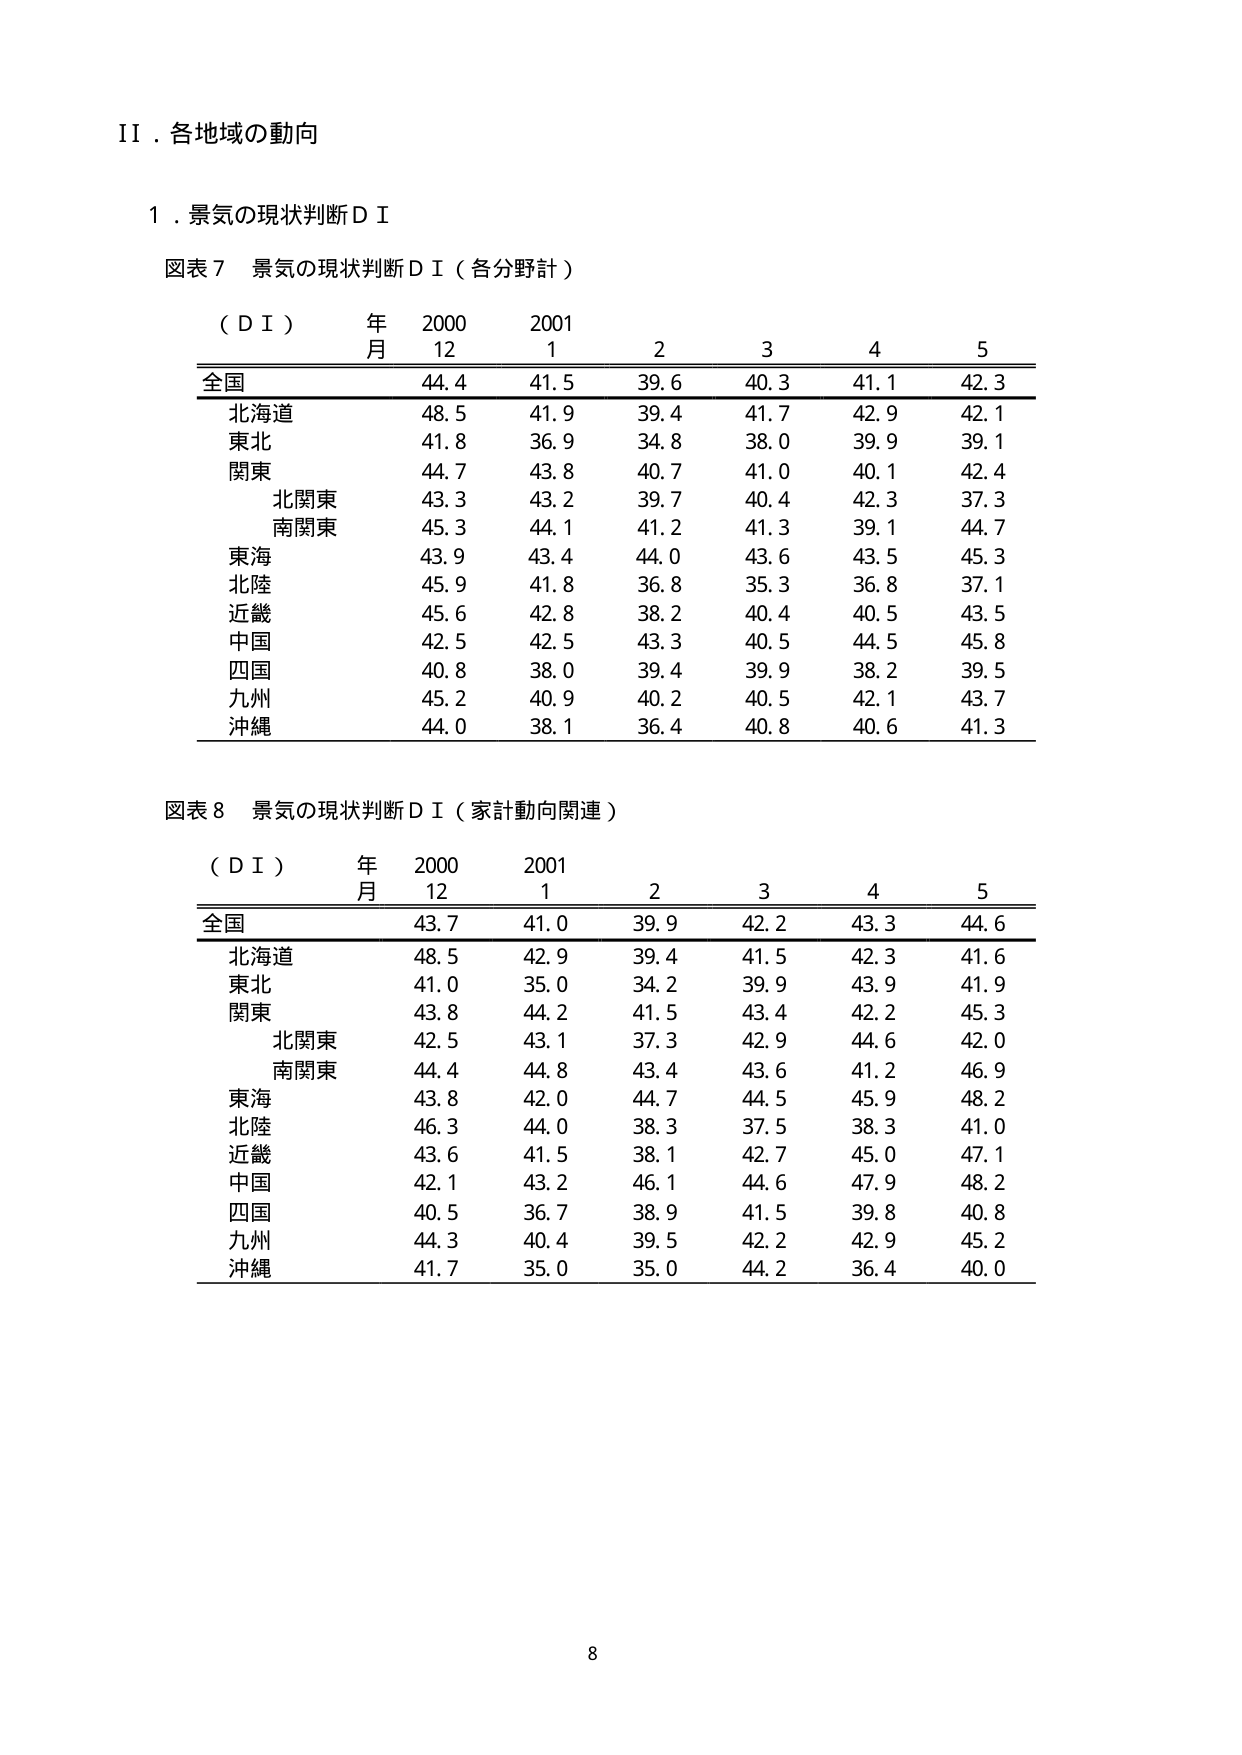
II．各地域の動向

１．景気の現状判断ＤＩ

図表７ 景気の現状判断ＤＩ（各分野計）

（ＤＩ） 年 2000 2001
　　　　月 12 1 2 3 4 5
全国 44.4 41.5 39.6 40.3 41.1 42.3
　北海道 48.5 41.9 39.4 41.7 42.9 42.1
　東北 41.8 36.9 34.8 38.0 39.9 39.1
　関東 44.7 43.8 40.7 41.0 40.1 42.4
　　北関東 43.3 43.2 39.7 40.4 42.3 37.3
　　南関東 45.3 44.1 41.2 41.3 39.1 44.7
　東海 43.9 43.4 44.0 43.6 43.5 45.3
　北陸 45.9 41.8 36.8 35.3 36.8 37.1
　近畿 45.6 42.8 38.2 40.4 40.5 43.5
　中国 42.5 42.5 43.3 40.5 44.5 45.8
　四国 40.8 38.0 39.4 39.9 38.2 39.5
　九州 45.2 40.9 40.2 40.5 42.1 43.7
　沖縄 44.0 38.1 36.4 40.8 40.6 41.3

図表８ 景気の現状判断ＤＩ（家計動向関連）

（ＤＩ） 年 2000 2001
　　　　月 12 1 2 3 4 5
全国 43.7 41.0 39.9 42.2 43.3 44.6
　北海道 48.5 42.9 39.4 41.5 42.3 41.6
　東北 41.0 35.0 34.2 39.9 43.9 41.9
　関東 43.8 44.2 41.5 43.4 42.2 45.3
　　北関東 42.5 43.1 37.3 42.9 44.6 42.0
　　南関東 44.4 44.8 43.4 43.6 41.2 46.9
　東海 43.8 42.0 44.7 44.5 45.9 48.2
　北陸 46.3 44.0 38.3 37.5 38.3 41.0
　近畿 43.6 41.5 38.1 42.7 45.0 47.1
　中国 42.1 43.2 46.1 44.6 47.9 48.2
　四国 40.5 36.7 38.9 41.5 39.8 40.8
　九州 44.3 40.4 39.5 42.2 42.9 45.2
　沖縄 41.7 35.0 35.0 44.2 36.4 40.0

8